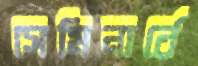
সেমিনার্রে